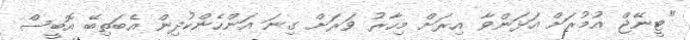
"ޓީނޭޖް އުމުރަށް އަޅަންވާ އިރަށް މިހާރު ވަރަށް ގިނަ އަންހެންކުދިން އެބަތިބޭ އޮބީސް